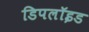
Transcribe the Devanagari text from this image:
डिपलॉइड